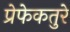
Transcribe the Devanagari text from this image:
प्रेफेकतुरे